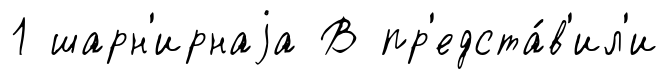
1 шарн'ирнаjа В пр'едста́в'ил'и